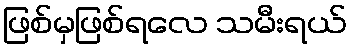
ဖြစ်မှဖြစ်ရလေ သမီးရယ်